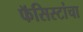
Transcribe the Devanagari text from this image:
फॅसिस्टांचा